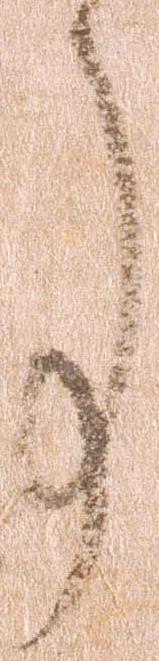
事